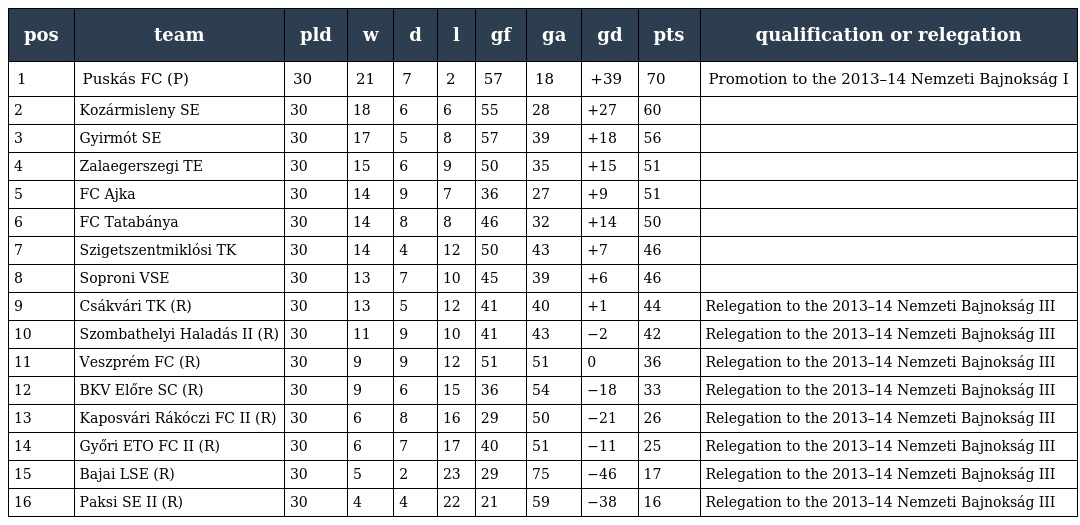
| pos | team | pld | w | d | l | gf | ga | gd | pts | qualification or relegation |
 | --- | --- | --- | --- | --- | --- | --- | --- | --- | --- | --- |
 | 1 | Puskás FC (P) | 30 | 21 | 7 | 2 | 57 | 18 | +39 | 70 | Promotion to the 2013–14 Nemzeti Bajnokság I |
 | 2 | Kozármisleny SE | 30 | 18 | 6 | 6 | 55 | 28 | +27 | 60 |  |
 | 3 | Gyirmót SE | 30 | 17 | 5 | 8 | 57 | 39 | +18 | 56 |  |
 | 4 | Zalaegerszegi TE | 30 | 15 | 6 | 9 | 50 | 35 | +15 | 51 |  |
 | 5 | FC Ajka | 30 | 14 | 9 | 7 | 36 | 27 | +9 | 51 |  |
 | 6 | FC Tatabánya | 30 | 14 | 8 | 8 | 46 | 32 | +14 | 50 |  |
 | 7 | Szigetszentmiklósi TK | 30 | 14 | 4 | 12 | 50 | 43 | +7 | 46 |  |
 | 8 | Soproni VSE | 30 | 13 | 7 | 10 | 45 | 39 | +6 | 46 |  |
 | 9 | Csákvári TK (R) | 30 | 13 | 5 | 12 | 41 | 40 | +1 | 44 | Relegation to the 2013–14 Nemzeti Bajnokság III |
 | 10 | Szombathelyi Haladás II (R) | 30 | 11 | 9 | 10 | 41 | 43 | −2 | 42 | Relegation to the 2013–14 Nemzeti Bajnokság III |
 | 11 | Veszprém FC (R) | 30 | 9 | 9 | 12 | 51 | 51 | 0 | 36 | Relegation to the 2013–14 Nemzeti Bajnokság III |
 | 12 | BKV Előre SC (R) | 30 | 9 | 6 | 15 | 36 | 54 | −18 | 33 | Relegation to the 2013–14 Nemzeti Bajnokság III |
 | 13 | Kaposvári Rákóczi FC II (R) | 30 | 6 | 8 | 16 | 29 | 50 | −21 | 26 | Relegation to the 2013–14 Nemzeti Bajnokság III |
 | 14 | Győri ETO FC II (R) | 30 | 6 | 7 | 17 | 40 | 51 | −11 | 25 | Relegation to the 2013–14 Nemzeti Bajnokság III |
 | 15 | Bajai LSE (R) | 30 | 5 | 2 | 23 | 29 | 75 | −46 | 17 | Relegation to the 2013–14 Nemzeti Bajnokság III |
 | 16 | Paksi SE II (R) | 30 | 4 | 4 | 22 | 21 | 59 | −38 | 16 | Relegation to the 2013–14 Nemzeti Bajnokság III |